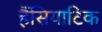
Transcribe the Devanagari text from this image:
हैंसियाटिक